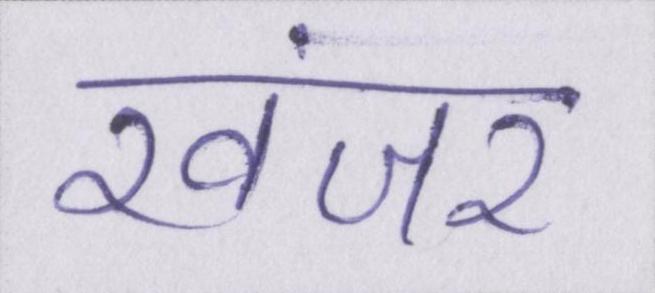
खंजर